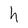
Character: h